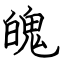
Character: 魄